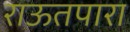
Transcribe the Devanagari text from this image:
राऊतपारा